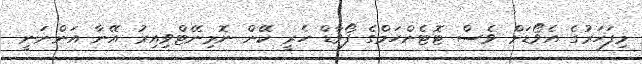
މިފަހަރުގެ އެވޯޑަށް ވެސް ޓޮޓެންހަމްގެ ފޯވާޑް ހެރީ ކޭން ނޮމިނޭޓްވިއިރު އޭނާ އަންނަނީ